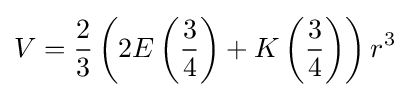
V={\frac {2}{3}}\left(2E\left({\frac {3}{4}}\right)+K\left({\frac {3}{4}}\right)\right)r^{3}